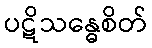
ပဋိသန္ဓေစိတ်